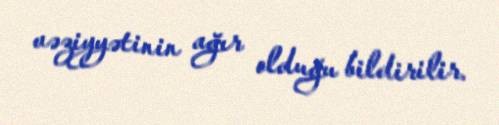
vəziyyətinin ağır olduğu bildirilir.